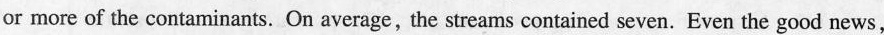
or more of the contaminants.On average,the streams contained seven.Even the good news.